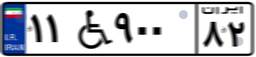
۵۴W۴۳۲۸۱